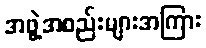
အဖွဲ့အစည်းများအကြား